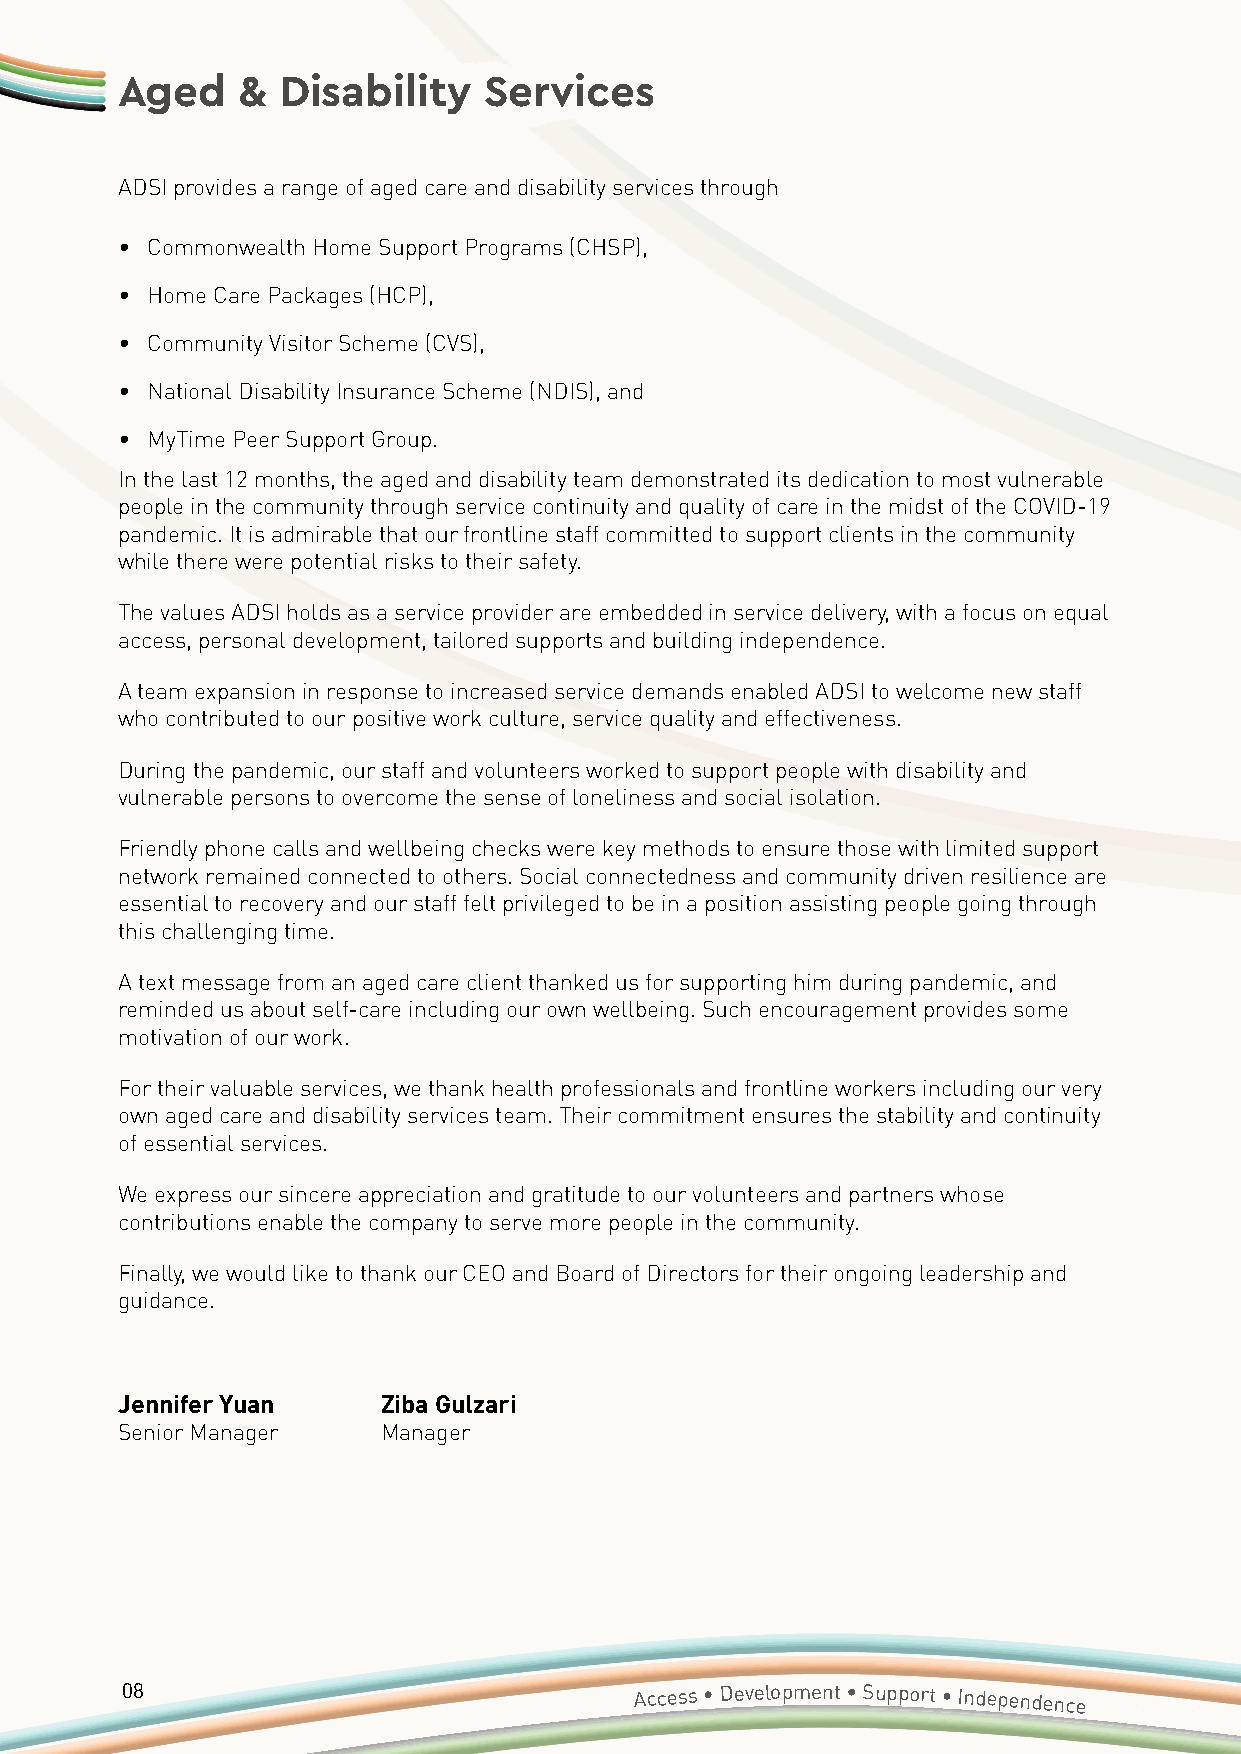
Aged    &  Disability   Services
 ADSI provides a range of aged care and disability services through
 • Commonwealth Home Support Programs (CHSP),
 • Home Care Packages (HCP),
 • Community Visitor Scheme (CVS),
 • National Disability Insurance Scheme (NDIS), and
 • MyTime Peer Support Group.
 In the last 12 months, the aged and disability team demonstrated its dedication to most vulnerable
 people in the community through service continuity and quality of care in the midst of the COVID-19
 pandemic. It is admirable that our frontline staff committed to support clients in the community
 while there were potential risks to their safety.
 The values ADSI holds as a service provider are embedded in service delivery, with a focus on equal
 access, personal development, tailored supports and building independence.
 A team expansion in response to increased service demands enabled ADSI to welcome new staff
 who contributed to our positive work culture, service quality and effectiveness.
 During the pandemic, our staff and volunteers worked to support people with disability and
 vulnerable persons to overcome the sense of loneliness and social isolation.
 Friendly phone calls and wellbeing checks were key methods to ensure those with limited support
 network remained connected to others. Social connectedness and community driven resilience are
 essential to recovery and our staff felt privileged to be in a position assisting people going through
 this challenging time.
 A text message from an aged care client thanked us for supporting him during pandemic, and
 reminded us about self-care including our own wellbeing. Such encouragement provides some
 motivation of our work.
 For their valuable services, we thank health professionals and frontline workers including our very
 own aged care and disability services team. Their commitment ensures the stability and continuity
 of essential services.
 We express our sincere appreciation and gratitude to our volunteers and partners whose
 contributions enable the company to serve more people in the community.
 Finally, we would like to thank our CEO and Board of Directors for their ongoing leadership and
 guidance.
 Jennifer Yuan    Ziba Gulzari
 Senior Manager   Manager
 08                                Access • Development • Support • Independence
 Annual
 Report 2020/2021 • Accessible Diversity Services Initiative
 Limited